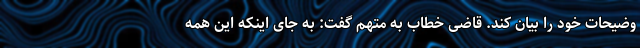
وضیحات خود را بیان کند. قاضی خطاب به متهم گفت: به جای اینکه این همه